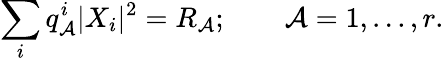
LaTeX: \sum_{i}q_{\mathcal{A}}^{i}|X_{i}|^{2}=R_{\mathcal{A}};\qquad\mathcal{A}=1,...,r.